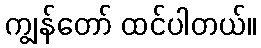
ကျွန်တော် ထင်ပါတယ်။